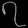
Digit: ၇